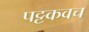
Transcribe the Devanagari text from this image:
पट्टकवच